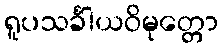
ရူပသင်္ခါယဝိမုတ္တော